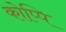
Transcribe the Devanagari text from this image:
कोप्पि